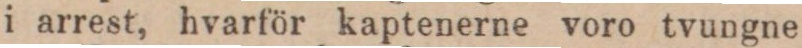
i arrest, hvarför kaptenerne voro tvungne